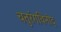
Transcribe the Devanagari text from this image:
चतुरंगविनोद